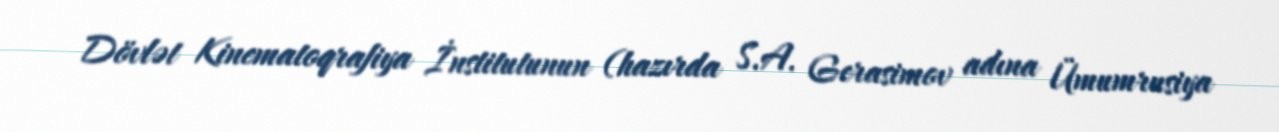
Dövlət Kinematoqrafiya İnstitutunun (hazırda S.A. Gerasimov adına Ümumrusiya